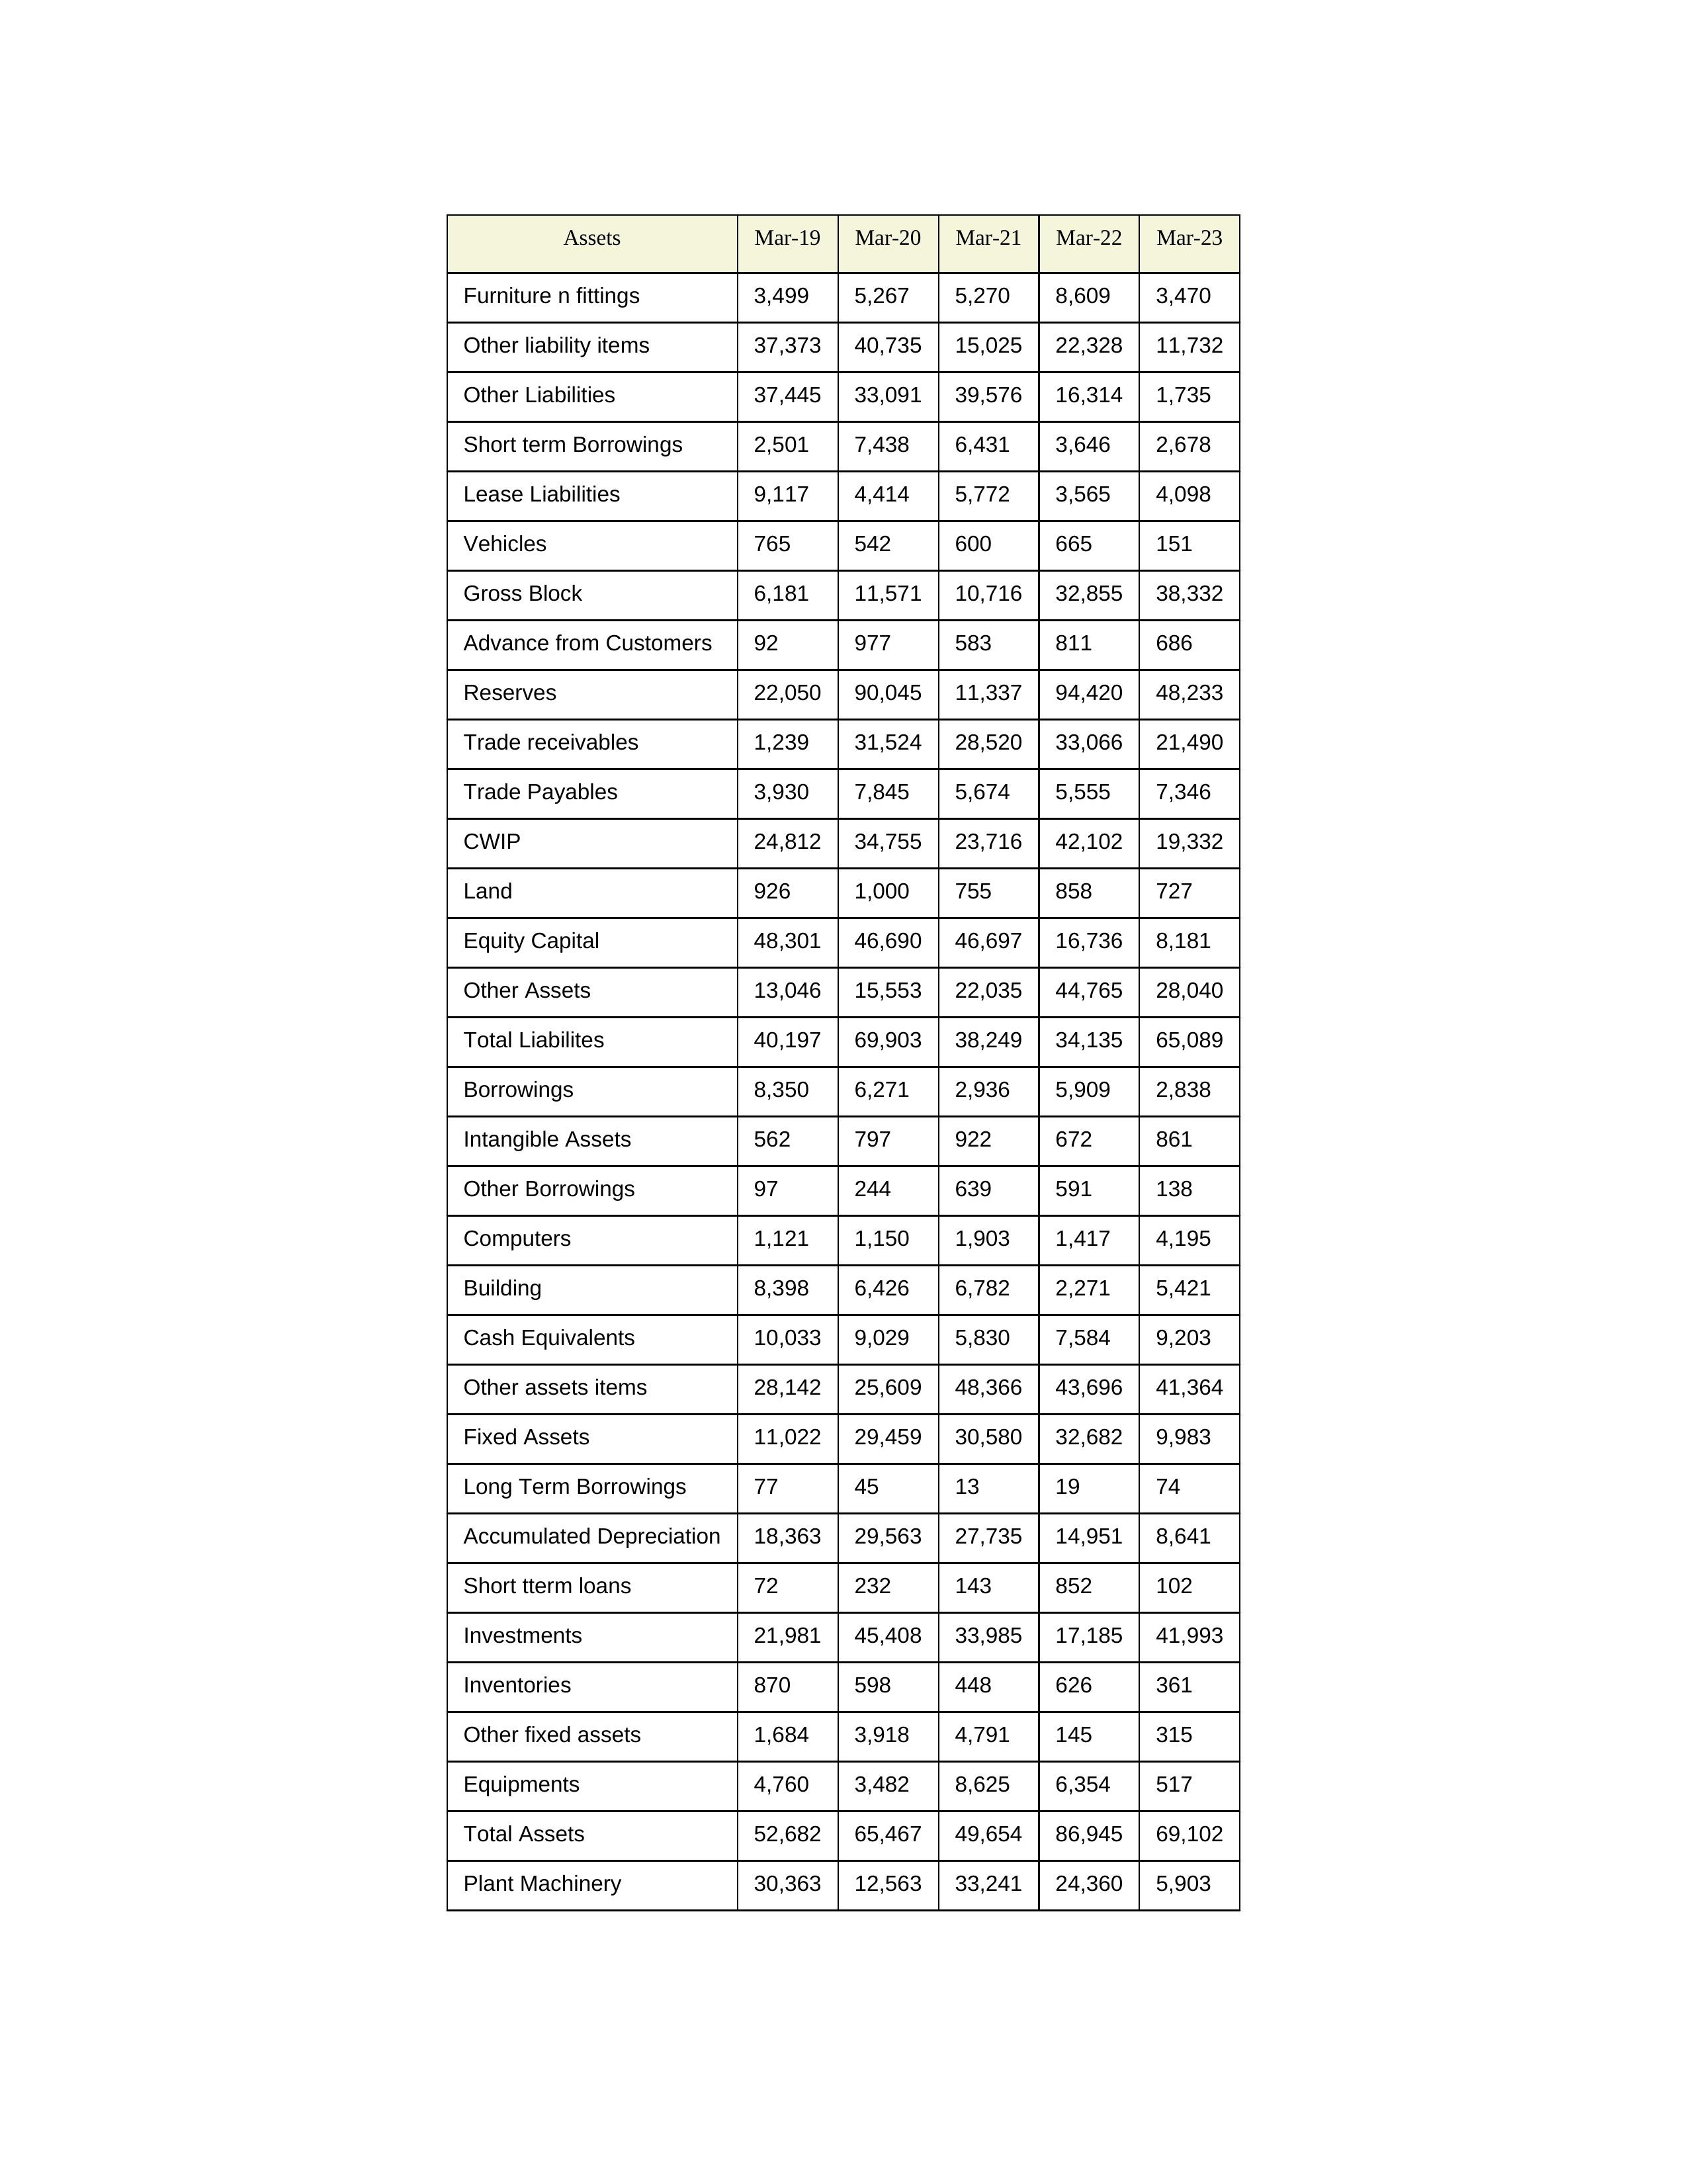
gt_parse: Mar-19: Equity Capital: 48,301
Reserves: 22,050
Borrowings: 8,350
Long Term Borrowings: 77
Short term Borrowings: 2,501
Lease Liabilities: 9,117
Other Borrowings: 97
Other Liabilities: 37,445
Trade Payables: 3,930
Advance from Customers: 92
Other liability items: 37,373
Total Liabilites: 40,197
Fixed Assets: 11,022
Land: 926
Building: 8,398
Plant Machinery: 30,363
Equipments: 4,760
Computers: 1,121
Furniture n fittings: 3,499
Vehicles: 765
Intangible Assets: 562
Other fixed assets: 1,684
Gross Block: 6,181
Accumulated Depreciation: 18,363
CWIP: 24,812
Investments: 21,981
Other Assets: 13,046
Inventories: 870
Trade receivables: 1,239
Cash Equivalents: 10,033
Short tterm loans: 72
Other assets items: 28,142
Total Assets: 52,682
Mar-20: Equity Capital: 46,690
Reserves: 90,045
Borrowings: 6,271
Long Term Borrowings: 45
Short term Borrowings: 7,438
Lease Liabilities: 4,414
Other Borrowings: 244
Other Liabilities: 33,091
Trade Payables: 7,845
Advance from Customers: 977
Other liability items: 40,735
Total Liabilites: 69,903
Fixed Assets: 29,459
Land: 1,000
Building: 6,426
Plant Machinery: 12,563
Equipments: 3,482
Computers: 1,150
Furniture n fittings: 5,267
Vehicles: 542
Intangible Assets: 797
Other fixed assets: 3,918
Gross Block: 11,571
Accumulated Depreciation: 29,563
CWIP: 34,755
Investments: 45,408
Other Assets: 15,553
Inventories: 598
Trade receivables: 31,524
Cash Equivalents: 9,029
Short tterm loans: 232
Other assets items: 25,609
Total Assets: 65,467
Mar-21: Equity Capital: 46,697
Reserves: 11,337
Borrowings: 2,936
Long Term Borrowings: 13
Short term Borrowings: 6,431
Lease Liabilities: 5,772
Other Borrowings: 639
Other Liabilities: 39,576
Trade Payables: 5,674
Advance from Customers: 583
Other liability items: 15,025
Total Liabilites: 38,249
Fixed Assets: 30,580
Land: 755
Building: 6,782
Plant Machinery: 33,241
Equipments: 8,625
Computers: 1,903
Furniture n fittings: 5,270
Vehicles: 600
Intangible Assets: 922
Other fixed assets: 4,791
Gross Block: 10,716
Accumulated Depreciation: 27,735
CWIP: 23,716
Investments: 33,985
Other Assets: 22,035
Inventories: 448
Trade receivables: 28,520
Cash Equivalents: 5,830
Short tterm loans: 143
Other assets items: 48,366
Total Assets: 49,654
Mar-22: Equity Capital: 16,736
Reserves: 94,420
Borrowings: 5,909
Long Term Borrowings: 19
Short term Borrowings: 3,646
Lease Liabilities: 3,565
Other Borrowings: 591
Other Liabilities: 16,314
Trade Payables: 5,555
Advance from Customers: 811
Other liability items: 22,328
Total Liabilites: 34,135
Fixed Assets: 32,682
Land: 858
Building: 2,271
Plant Machinery: 24,360
Equipments: 6,354
Computers: 1,417
Furniture n fittings: 8,609
Vehicles: 665
Intangible Assets: 672
Other fixed assets: 145
Gross Block: 32,855
Accumulated Depreciation: 14,951
CWIP: 42,102
Investments: 17,185
Other Assets: 44,765
Inventories: 626
Trade receivables: 33,066
Cash Equivalents: 7,584
Short tterm loans: 852
Other assets items: 43,696
Total Assets: 86,945
Mar-23: Equity Capital: 8,181
Reserves: 48,233
Borrowings: 2,838
Long Term Borrowings: 74
Short term Borrowings: 2,678
Lease Liabilities: 4,098
Other Borrowings: 138
Other Liabilities: 1,735
Trade Payables: 7,346
Advance from Customers: 686
Other liability items: 11,732
Total Liabilites: 65,089
Fixed Assets: 9,983
Land: 727
Building: 5,421
Plant Machinery: 5,903
Equipments: 517
Computers: 4,195
Furniture n fittings: 3,470
Vehicles: 151
Intangible Assets: 861
Other fixed assets: 315
Gross Block: 38,332
Accumulated Depreciation: 8,641
CWIP: 19,332
Investments: 41,993
Other Assets: 28,040
Inventories: 361
Trade receivables: 21,490
Cash Equivalents: 9,203
Short tterm loans: 102
Other assets items: 41,364
Total Assets: 69,102